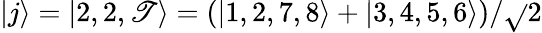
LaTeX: |j\rangle=|2,2,\mathscr{T}\rangle=\left(|1,2,7,8\rangle+|3,4,5,6\rangle\right)/\sqrt{}{{2}}